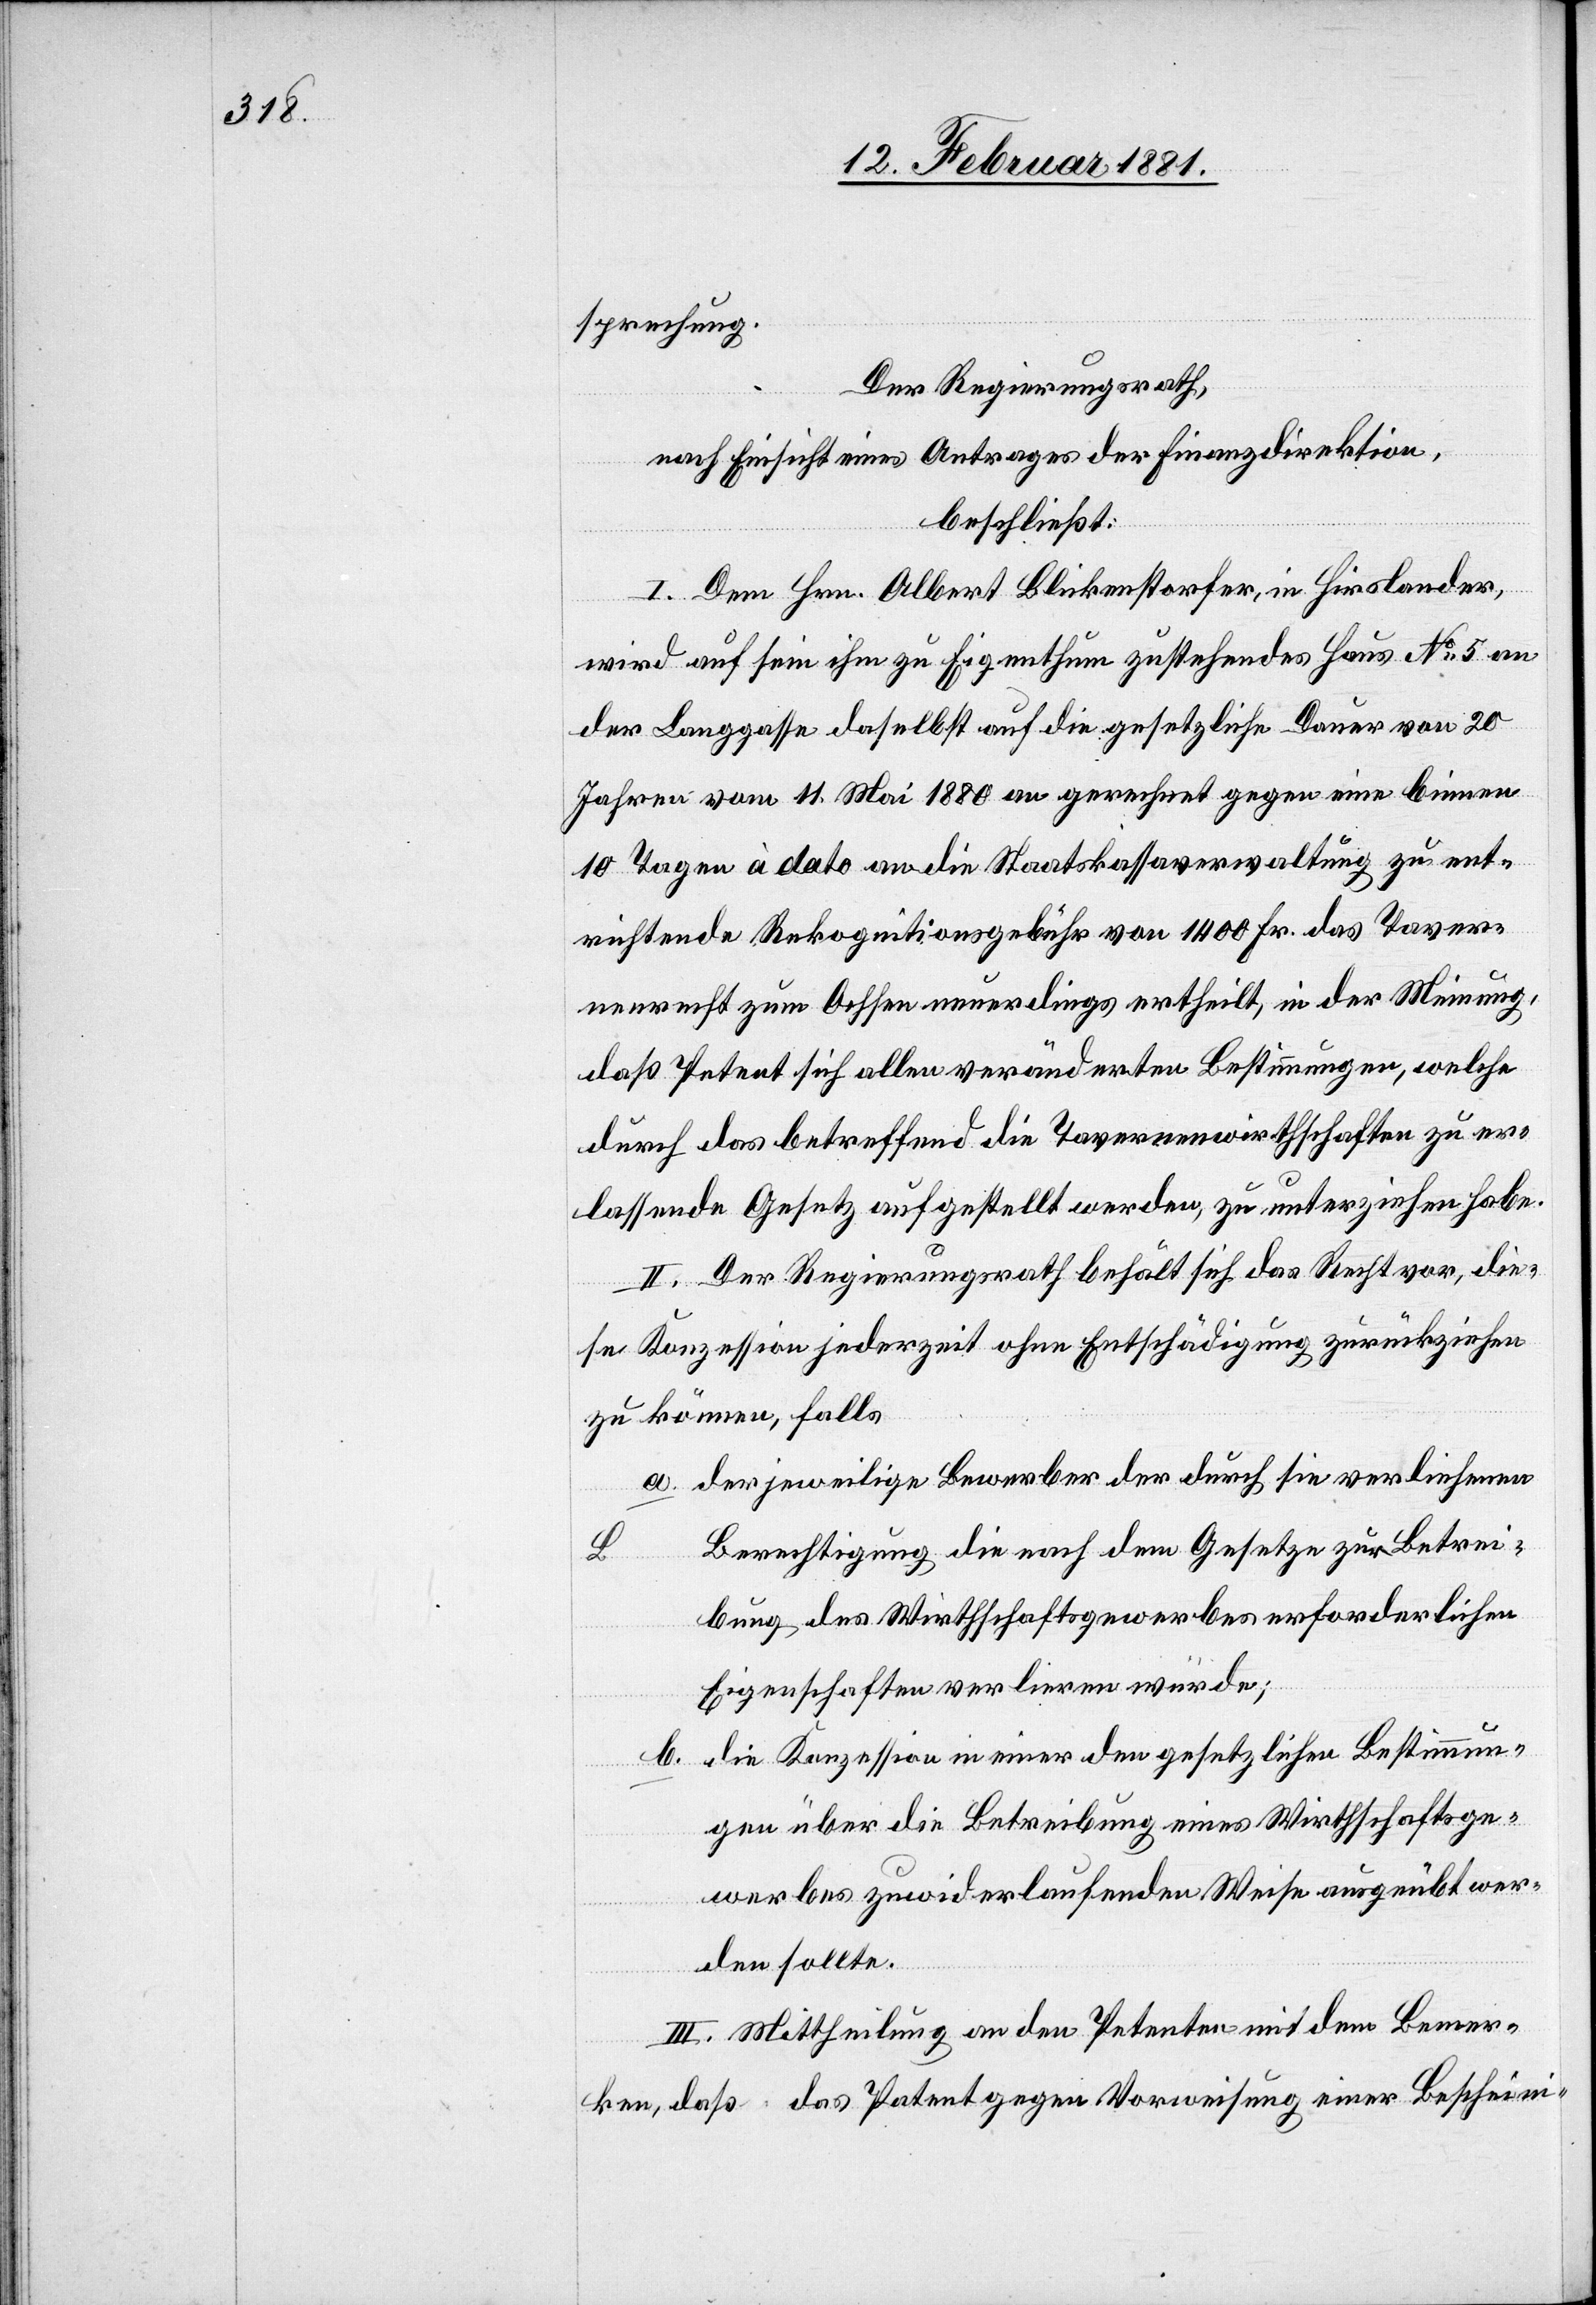
sprechung.
Der Regierungsrath,
nach Einsicht eines Antrages der Finanzdirektion,
beschließt:
I. Dem Hrn. Albert Blickenstorfer, in Hirslanden,
wird auf sein ihm zu Eigenthum zustehendes Haus No 5 an
der Langgasse daselbst auf die gesetzliche Dauer von 20
Jahren vom 11. Mai 1880 an gerechnet gegen eine binnen
10 Tagen à dato an die Staatskassaverwaltung zu ent¬
richtende Rekognitionsgebühr von 1400 Fr. das Taver¬
nenrecht zum Ochsen neuerdings ertheilt, in der Meinung,
daß Petent sich allen veränderten Bestimmungen, welche
durch das betreffend die Tavernenwirthschaften zu er¬
lassende Gesetz aufgestellt werden, zu unterziehen habe.
II. Der Regierungsrath behält sich das Recht vor, die¬
se Konzession jederzeit ohne Entschädigung zurückziehen
zu können, falls
a. der jeweilige Bewerber der durch sie verliehenen
Berechtigung die nach dem Gesetze zur Betrei¬
bung des Wirthschaftsgewerbes erforderlichen
Eigenschaften verlieren würde;
b. die Konzession in einer den gesetzlichen Bestimmun¬
gen über die Betreibung eines Wirthschaftsge¬
werbes zuwiderlaufenden Weise ausgeübt wer¬
den sollte.
III. Mittheilung an den Petenten mit dem Bemer¬
ken, daß das Patent gegen Vorweisung einer Bescheini-